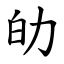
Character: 劰